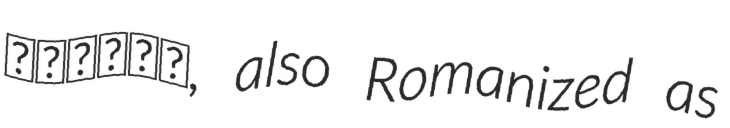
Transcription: الاچمن, also Romanized as